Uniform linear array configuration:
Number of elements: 4
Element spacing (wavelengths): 0.5
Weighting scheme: cosine
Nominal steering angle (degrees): -60
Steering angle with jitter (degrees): -61.867
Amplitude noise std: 0.05
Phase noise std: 0.05

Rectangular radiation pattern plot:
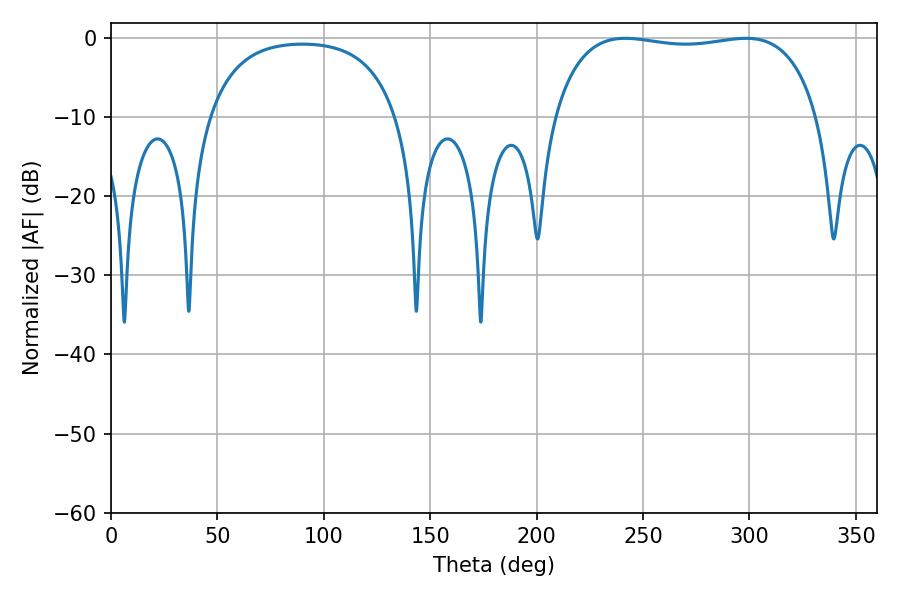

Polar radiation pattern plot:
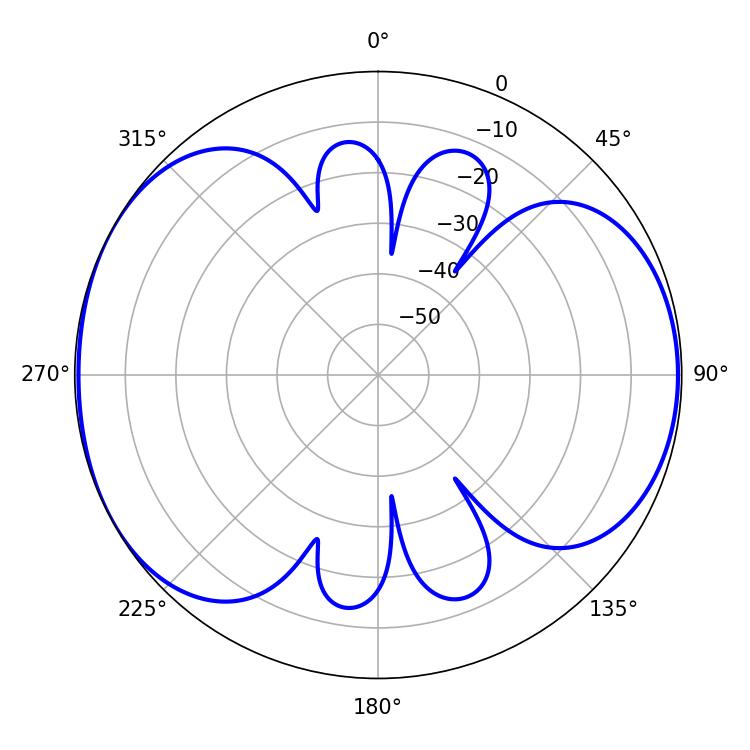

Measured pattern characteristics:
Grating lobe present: FALSE
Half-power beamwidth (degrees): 99.72
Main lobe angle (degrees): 241.56